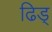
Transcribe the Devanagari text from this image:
ढिड्